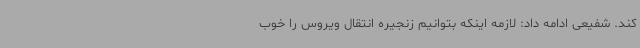
کند. شفیعی ادامه داد: لازمه اینکه بتوانیم زنجیره انتقال ویروس را خوب